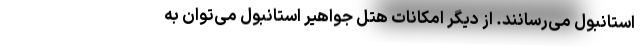
استانبول می‌رسانند. از دیگر امکانات هتل جواهیر استانبول می‌توان به